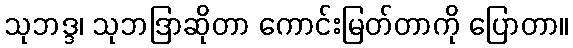
သုဘဒ္ဒ၊ သုဘဒြာဆိုတာ ကောင်းမြတ်တာကို ပြောတာ။